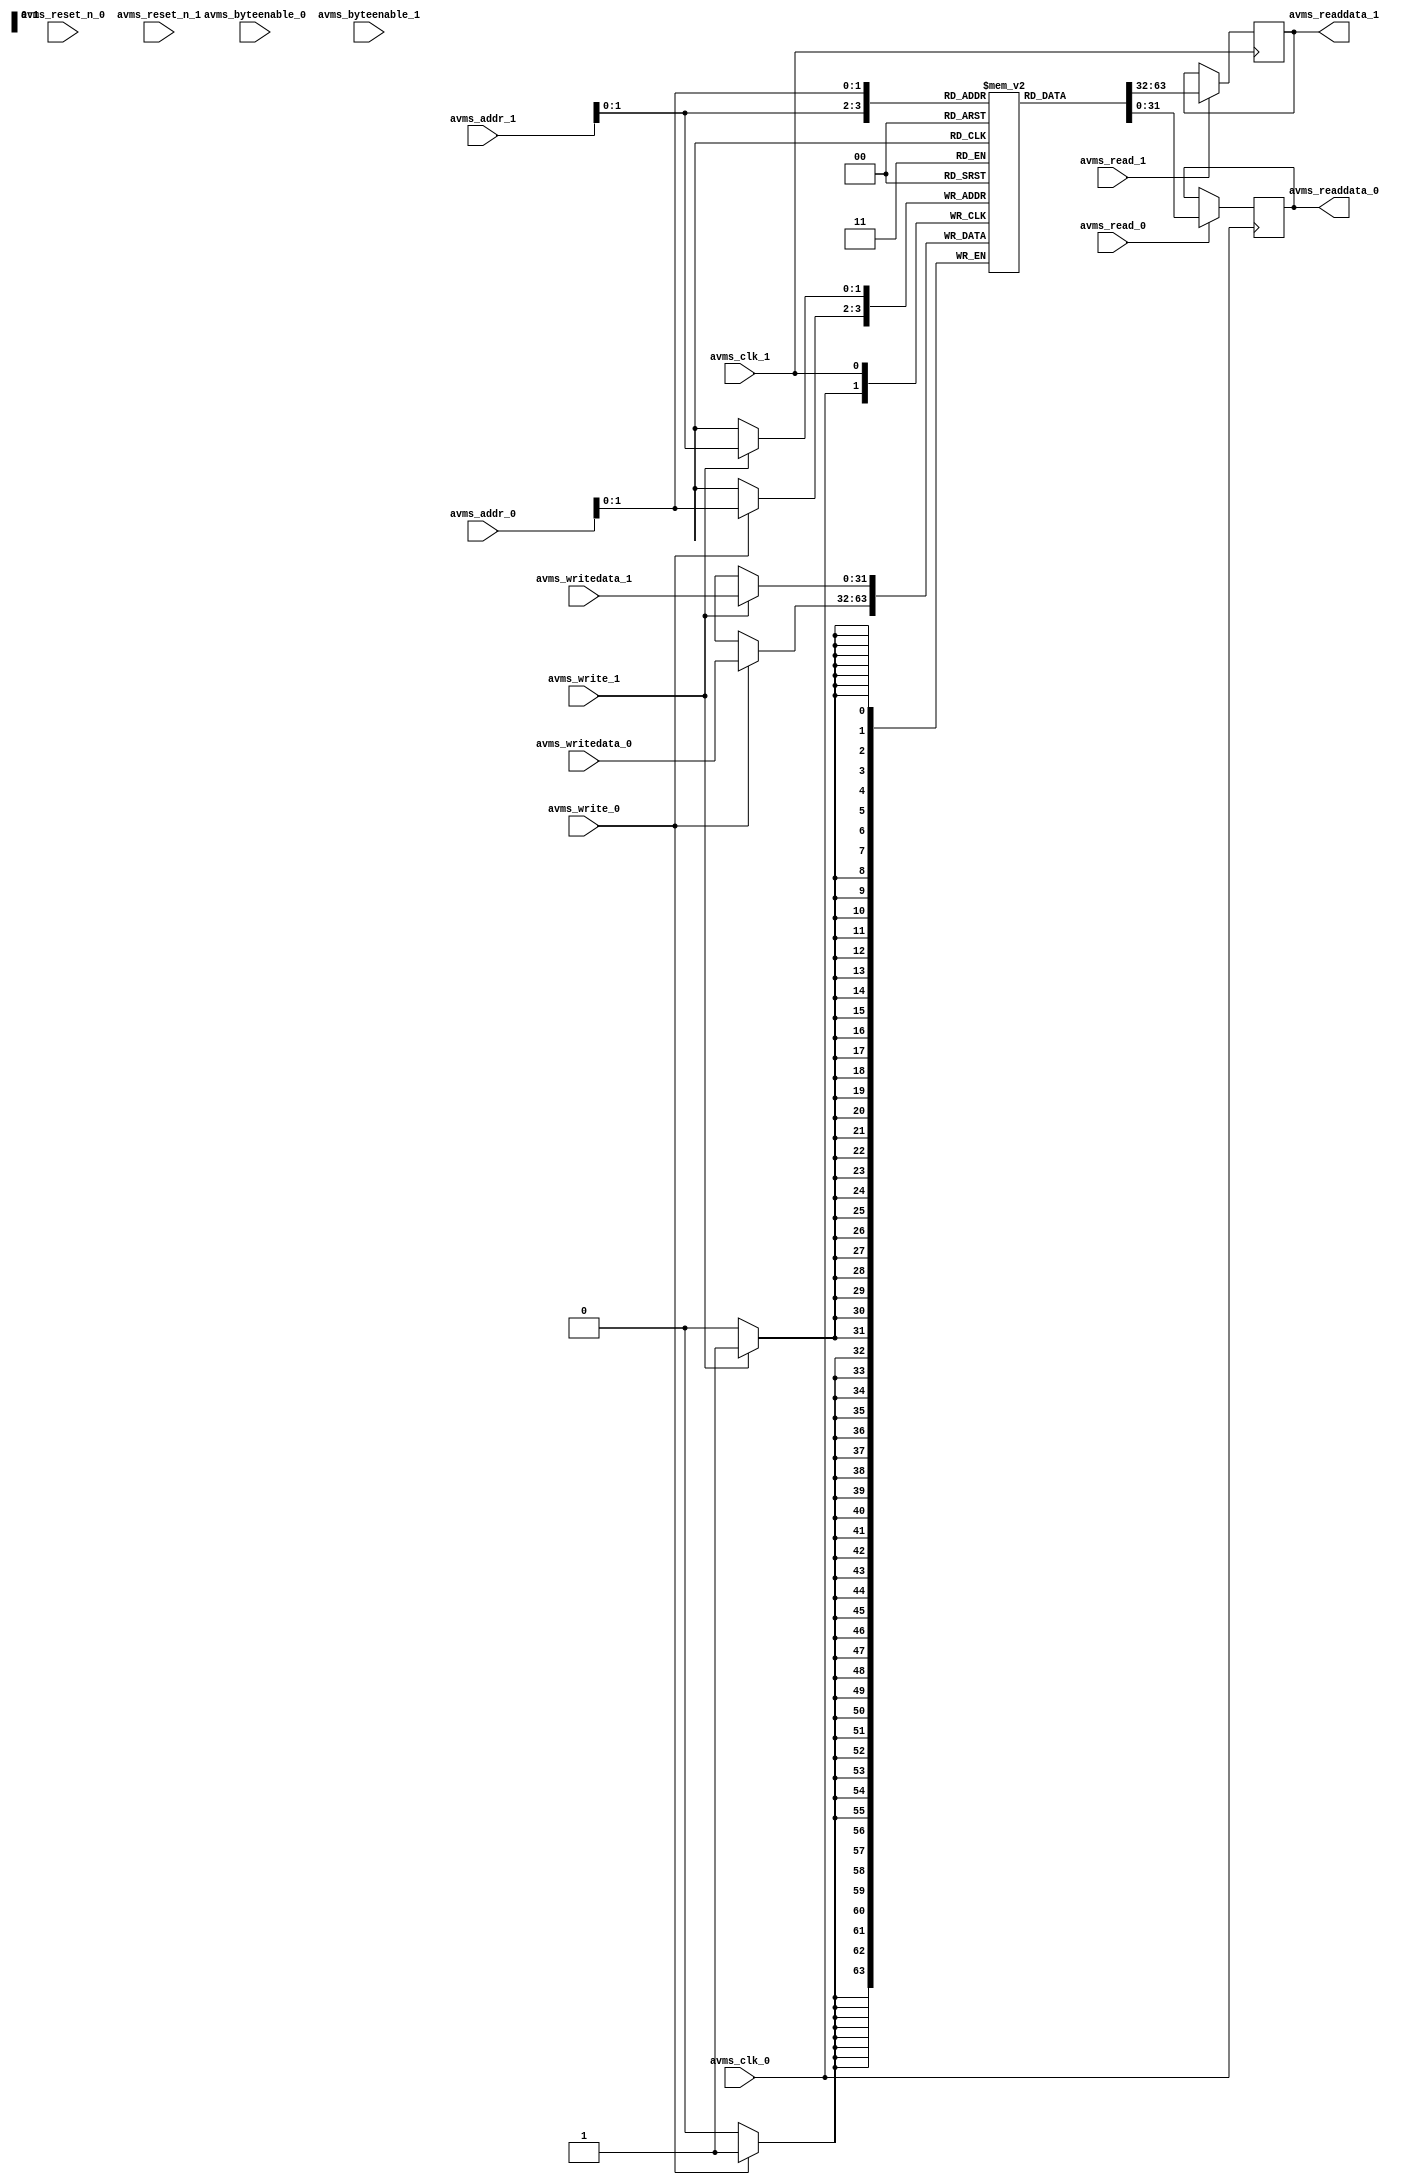
// =======================================================================================
// DEPARTMENT	:  
// DATE			: 
// =======================================================================================
// DESCRIPTION	: CSR register maps with dual port avms
// =======================================================================================
// REVISION HISTORY	:
//	v1.0			: Initial version release
// =======================================================================================
// PARAMETERS	:
// =======================================================================================
// I/O PORTS	:	
//		Input	: CLK, RST_N
//		Output: R_LASER_EN, B_LASER_EN, DLP_EN, XTRIG
//		I/f	: Avalon MM Slave
// =======================================================================================

`timescale 1ps/1ps
`default_nettype none

module csr_regmap_dualports_avms #(
	// module parameter
	parameter DATA_WIDTH 		= 32,     			// word size of each input and output register
	parameter ADDR_WIDTH 		= 3
)
(
	// avalon slave port 0 
	input	wire										avms_clk_0,
	input	wire										avms_reset_n_0,
	input	wire	[(ADDR_WIDTH-1):0]  				avms_addr_0,
	input	wire	[(DATA_WIDTH/8)-1:0]  				avms_byteenable_0,
	input	wire										avms_read_0,
	input 	wire										avms_write_0,
	input 	wire	[DATA_WIDTH-1:0]					avms_writedata_0,
	output 	reg		[DATA_WIDTH-1:0]					avms_readdata_0,
	
	// avalon slave port 1 
	input	wire										avms_clk_1,
	input	wire										avms_reset_n_1,
	input	wire	[(ADDR_WIDTH-1):0]  				avms_addr_1,
	input	wire	[(DATA_WIDTH/8)-1:0]  				avms_byteenable_1,
	input	wire										avms_read_1,
	input 	wire										avms_write_1,
	input 	wire	[DATA_WIDTH-1:0]					avms_writedata_1,
	output 	reg		[DATA_WIDTH-1:0]					avms_readdata_1

);

	// =============================================================================
	// REG/WIRE DECLARATION
	// =============================================================================

	// Control Status Registers
	reg[31:0] 	csr_reg32 [0:ADDR_WIDTH-1];
	reg[31:0] 	csr_reg32_p0 [0:ADDR_WIDTH-1]; 
	reg[31:0] 	csr_reg32_p1 [0:ADDR_WIDTH-1];
	reg 		avms_write_0_r; 
	reg 		avms_write_1_r; 

	// =============================================================================
	// INITIALIZATION
	// =============================================================================

	// initial begin
	// 	genvar i;
	// 	generate 		
	// 		for (i = 0; i < (2**ADDR_WIDTH); i = i+1) begin: initialization
	// 			csr_reg32[i] 	<= 32'b0;
	// 			csr_reg32_p0[i] <= 32'b0;
	// 			csr_reg32_p1[i] <= 32'b0; 
	// 		end
	// 	endgenerate 
	// end
	
	// =============================================================================
	// REGISTER MAP READ/WRITE - Port 0
	// =============================================================================
	// write and reset
	always @(posedge avms_clk_0)
   	begin
		// avms_write_0_r <= avms_write_0; 
		if (avms_write_0) csr_reg32[avms_addr_0] <= avms_writedata_0[31:0];
	end

	// avms-p0 read
	always @(posedge avms_clk_0)
	begin 
		if (avms_read_0) avms_readdata_0 <= csr_reg32[avms_addr_0]; 
	end

	// =============================================================================
	// REGISTER MAP READ/WRITE - Port 1
	// =============================================================================
	// write and reset
	always @(posedge avms_clk_1)
   	begin
		// avms_write_1_r <= avms_write_1; 
		if (avms_write_1) csr_reg32[avms_addr_1] <= avms_writedata_1[31:0];
	end

	// avms-p1 read
	always @(posedge avms_clk_1)
	begin 
		if (avms_read_1) avms_readdata_1 <= csr_reg32[avms_addr_1]; 
	end

endmodule
`default_nettype wire